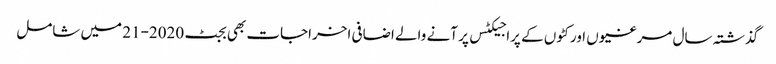
گذشتہ سال مرغیوں اور کٹوں کے پراجیکٹس پر آنے والے اضافی اخراجات بھی بجٹ 2020-21 میں شامل